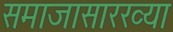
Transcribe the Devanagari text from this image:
समाजासारख्या